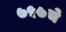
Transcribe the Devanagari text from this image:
७५७चे